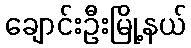
ချောင်းဦးမြို့နယ်